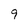
Character: 9